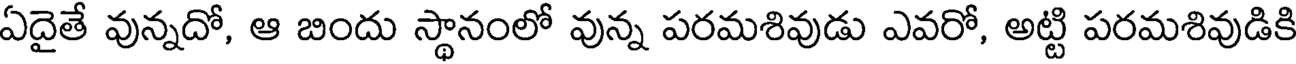
ఏదైతే వున్నదో, ఆ బిందు స్థానంలో వున్న పరమశివుడు ఎవరో, అట్టి పరమశివుడికి